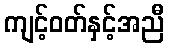
ကျင့်ဝတ်နှင့်အညီ